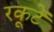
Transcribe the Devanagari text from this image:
रकूटें